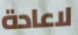
لاعادة